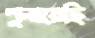
শুনায়েছি